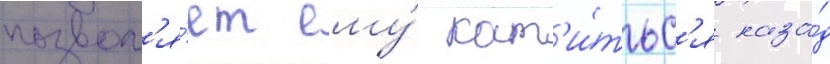
позвол'я́ет ему́ кат'и́тьс'я наза́д